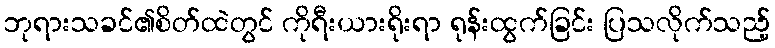
ဘုရားသခင်၏စိတ်ထဲတွင် ကိုရီးယားရိုးရာ ရုန်းထွက်ခြင်း ပြသလိုက်သည့်